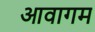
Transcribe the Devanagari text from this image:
आवागम